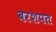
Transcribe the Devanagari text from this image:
बरशपत